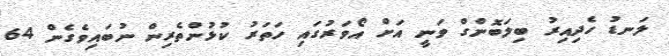
ލަނޑު ހެދިއިރު ބިލަބޮންގް ވަނީ އަށް އޯވަރުގައި ހަތަރު ކުޅުންތެރިން ނުބައިވެގެން 64